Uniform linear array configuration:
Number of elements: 48
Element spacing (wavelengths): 0.5
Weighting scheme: uniform
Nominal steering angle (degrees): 30
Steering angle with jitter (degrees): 28.467
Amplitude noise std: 0.05
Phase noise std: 0.05

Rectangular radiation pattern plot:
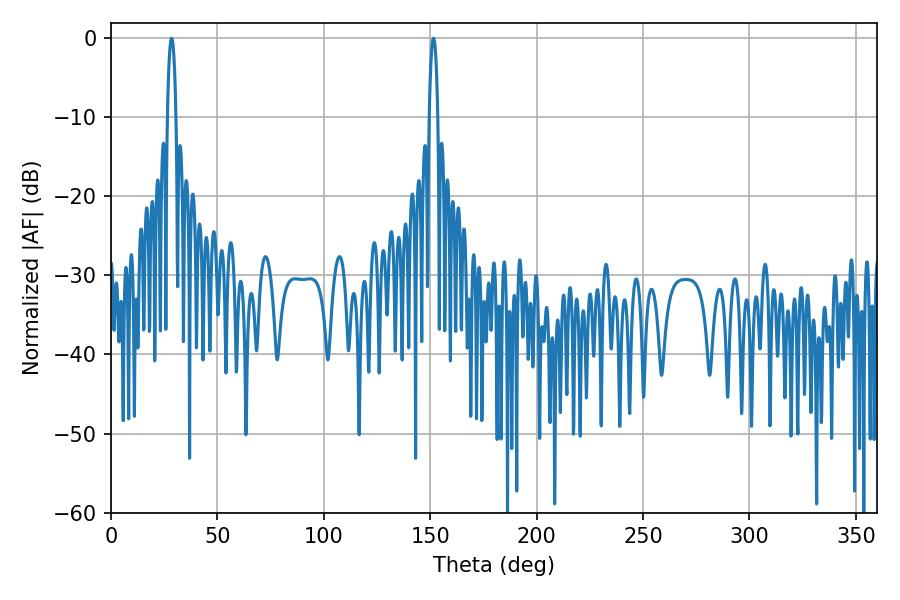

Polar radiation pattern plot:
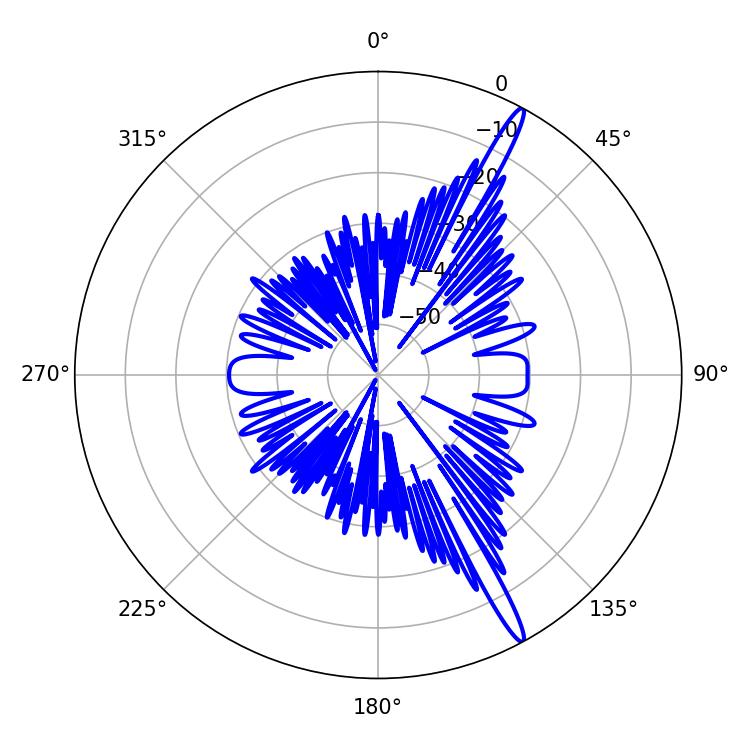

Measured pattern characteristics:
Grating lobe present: FALSE
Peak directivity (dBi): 16.468
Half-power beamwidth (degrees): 2.16
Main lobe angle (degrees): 28.44